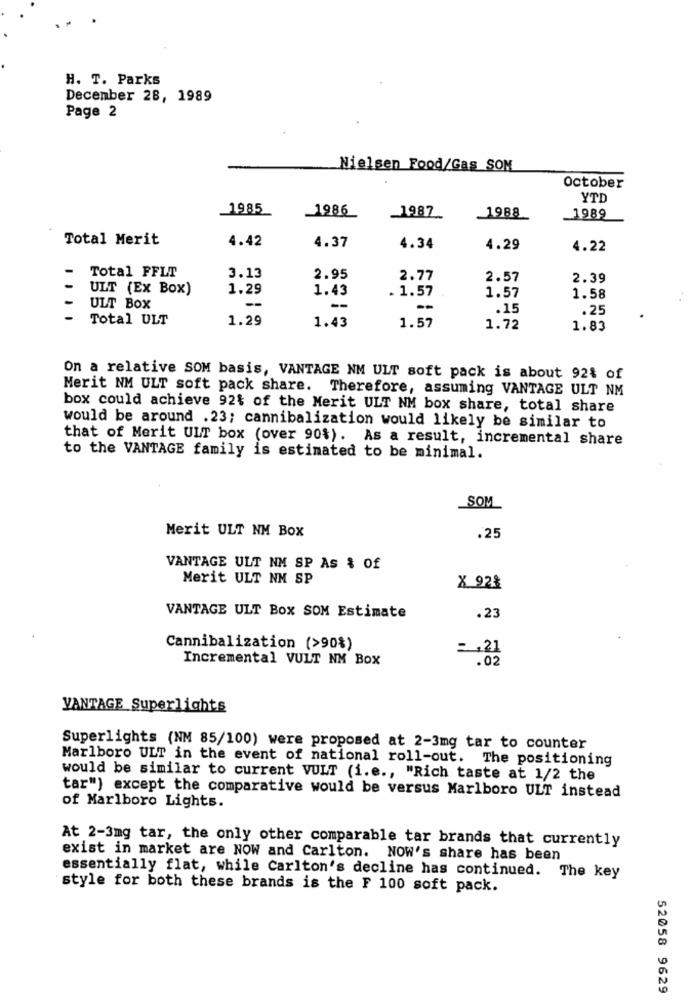
H. T. Parks
December 28, 1989
Page 2
Nielsen Food/Gas SOM
October
YTD
1985
1986
1987
1988
1989
Total Merit
4.42
4.37
4.34
4.29
4.22
Total FFLT
3.13
2.95
2.77
2.57
2.39
ULT (Ex Box)
1.29
1.43
. 1.57
1.57
1.58
ULT Box
--
--
.15
.25
Total ULT
1.29
1.57
1.43
1.72
1.83
On a relative SOM basis, VANTAGE NM ULT soft pack is about 92% of
Merit NM ULT soft pack share. Therefore, assuming VANTAGE ULT NM
box could achieve 92% of the Merit ULT NM box share, total share
would be around .23; cannibalization would likely be similar to
that of Merit ULT box (over 90%). As a result, incremental share
to the VANTAGE family is estimated to be minimal.
SOM
Merit ULT NM Box
.25
VANTAGE ULT NM SP As & Of
Merit ULT NM SP
X 92%
VANTAGE ULT BOX SOM Estimate
.23
Cannibalization (>90%)
= , 21
Incremental VULT NM Box
.02
VANTAGE Superlights
Superlights (NM 85/100) were proposed at 2-3mg tar to counter
Marlboro ULT in the event of national roll-out. The positioning
would be similar to current VULT (i.e ., "Rich taste at 1/2 the
tar") except the comparative would be versus Marlboro ULT instead
of Marlboro Lights.
At 2-3mg tar, the only other comparable tar brands that currently
exist in market are NOW and Carlton. NOW's share has been
essentially flat, while Carlton's decline has continued. The key
style for both these brands is the F 100 soft pack.
52058 9629